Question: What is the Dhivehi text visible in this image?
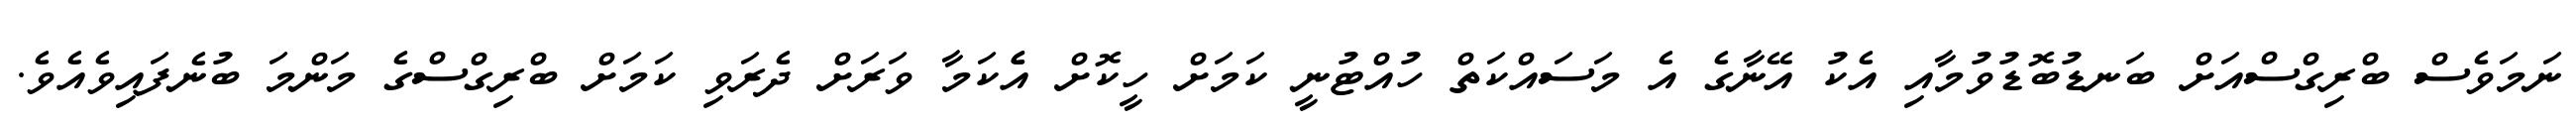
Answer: ނަމަވެސް ބްރިގްސްއަށް ބަނޑުބޮޑުވުމާއި އެކު އޭނާގެ އެ މަސައްކަތް ހުއްޓުނީ ކަމަށް ހީކޮށް އެެކަމާ ވަރަށް ދެރަވި ކަމަށް ބްރިގްސްގެ މަންމަ ބުނެފައިވެއެވެ.